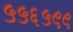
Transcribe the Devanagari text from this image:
५५६५९९